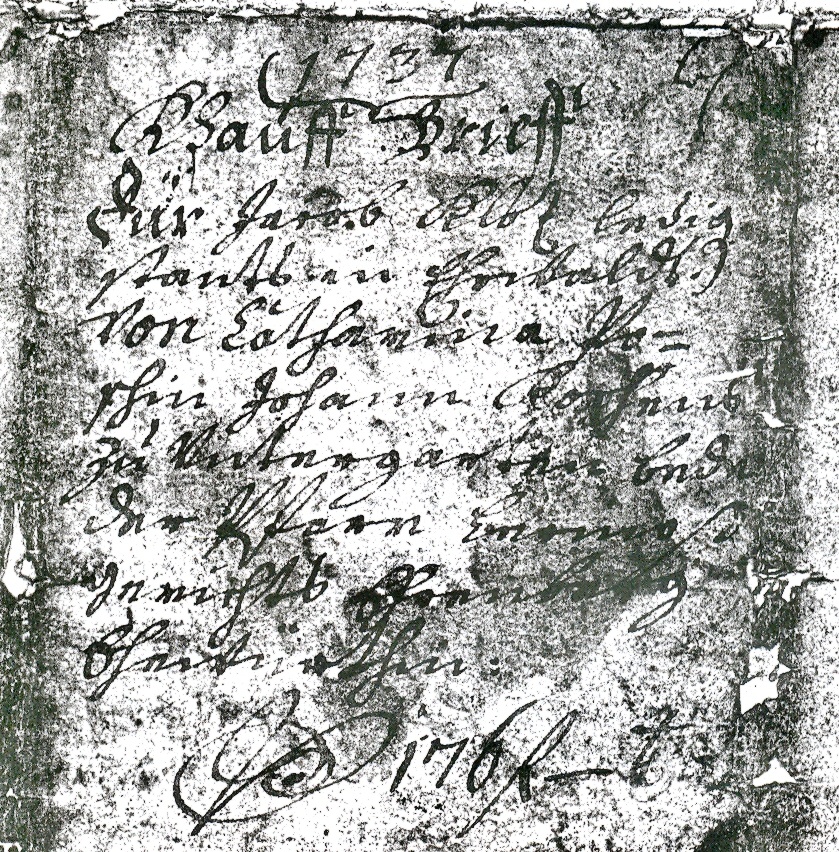
1737
Khauff Brieff
Für Jacob Kloz ledig
stants in Ehrwaldt
von Catharina Po¬
schin Johann Kochens
zu Vntergarten bede
der Pfarr Lermoß
Gerichts Ehrenberg
Ehewürthin
P 176 f — k